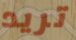
تريد